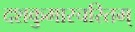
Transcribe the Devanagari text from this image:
दशकुमारचरितम्